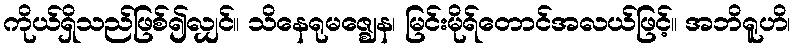
ကိုယ်ရှိသည်ဖြစ်၍လျှင်။ သိနေရုမဇ္ဈေန၊ မြင်းမိုရ်တောင်အလယ်ဖြင့်။ အဘိရူဟိ၊